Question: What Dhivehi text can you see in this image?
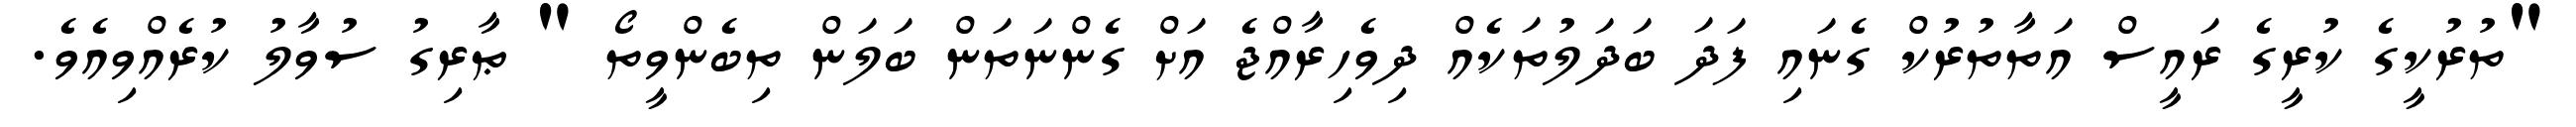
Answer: "ތުރުކީގެ ކުރީގެ ރައީސް އަތާތުރުކް ގެނައި ފަދަ ބަދަލުތަކެއް ދިވެހިރާއްޖެ އަށް ގެންނަތަން ބަލަން ތިބެންވީތޯ " ޠާރިގު ސުވާލު ކުރެއްވިއެވެ.